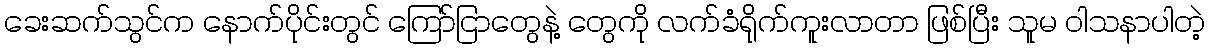
ခေးဆက်သွင်က နောက်ပိုင်းတွင် ကြော်ငြာတွေနဲ့ တွေကို လက်ခံရိုက်ကူးလာတာ ဖြစ်ပြီး သူမ ဝါသနာပါတဲ့